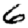
Digit: 6